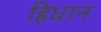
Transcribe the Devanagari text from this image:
ह्रिधान